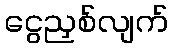
ငွေညှစ်လျက်